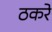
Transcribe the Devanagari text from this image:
ठकरे